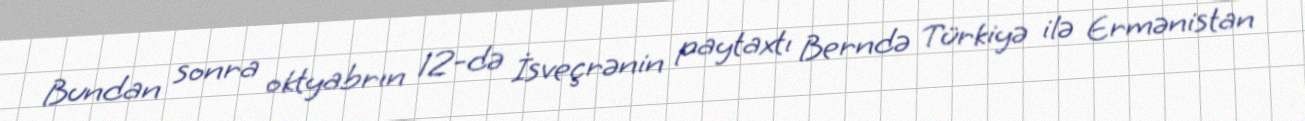
Bundan sonra oktyabrın 12-də İsveçrənin paytaxtı Berndə Türkiyə ilə Ermənistan